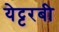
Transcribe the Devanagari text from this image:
येट्टरबी